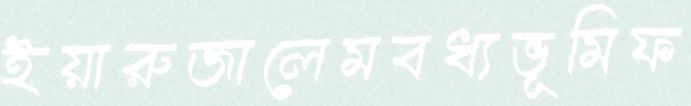
ইয়ারুজালেমবধ্যভূমিফ